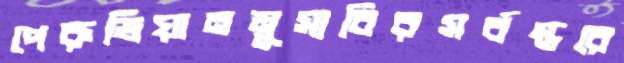
পেরুভিয়ানমুসাবিরসর্বস্তরে